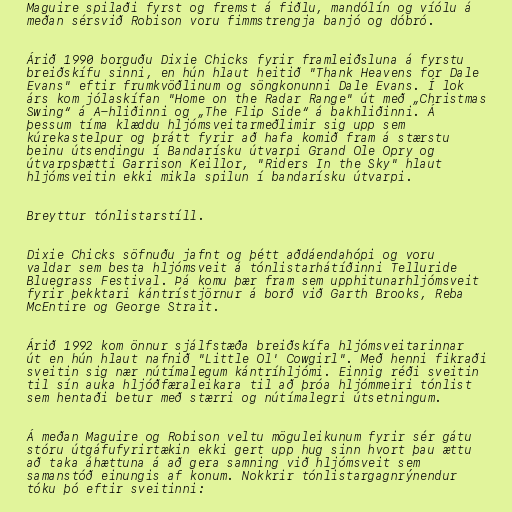
Maguire spilaði fyrst og fremst á fiðlu, mandólín og víólu á
meðan sérsvið Robison voru fimmstrengja banjó og dóbró.

Árið 1990 borguðu Dixie Chicks fyrir framleiðsluna á fyrstu
breiðskífu sinni, en hún hlaut heitið "Thank Heavens for Dale
Evans" eftir frumkvöðlinum og söngkonunni Dale Evans. Í lok
árs kom jólaskífan "Home on the Radar Range" út með „Christmas
Swing“ á A-hliðinni og „The Flip Side“ á bakhliðinni. Á
þessum tíma klæddu hljómsveitarmeðlimir sig upp sem
kúrekastelpur og þrátt fyrir að hafa komið fram á stærstu
beinu útsendingu í Bandarísku útvarpi Grand Ole Opry og
útvarpsþætti Garrison Keillor, "Riders In the Sky" hlaut
hljómsveitin ekki mikla spilun í bandarísku útvarpi.

Breyttur tónlistarstíll.

Dixie Chicks söfnuðu jafnt og þétt aðdáendahópi og voru
valdar sem besta hljómsveit á tónlistarhátíðinni Telluride
Bluegrass Festival. Þá komu þær fram sem upphitunarhljómsveit
fyrir þekktari kántrístjörnur á borð við Garth Brooks, Reba
McEntire og George Strait.

Árið 1992 kom önnur sjálfstæða breiðskífa hljómsveitarinnar
út en hún hlaut nafnið "Little Ol' Cowgirl". Með henni fikraði
sveitin sig nær nútímalegum kántríhljómi. Einnig réði sveitin
til sín auka hljóðfæraleikara til að þróa hljómmeiri tónlist
sem hentaði betur með stærri og nútímalegri útsetningum.

Á meðan Maguire og Robison veltu möguleikunum fyrir sér gátu
stóru útgáfufyrirtækin ekki gert upp hug sinn hvort þau ættu
að taka áhættuna á að gera samning við hljómsveit sem
samanstóð einungis af konum. Nokkrir tónlistargagnrýnendur
tóku þó eftir sveitinni: